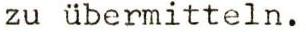
zu übermitteln.